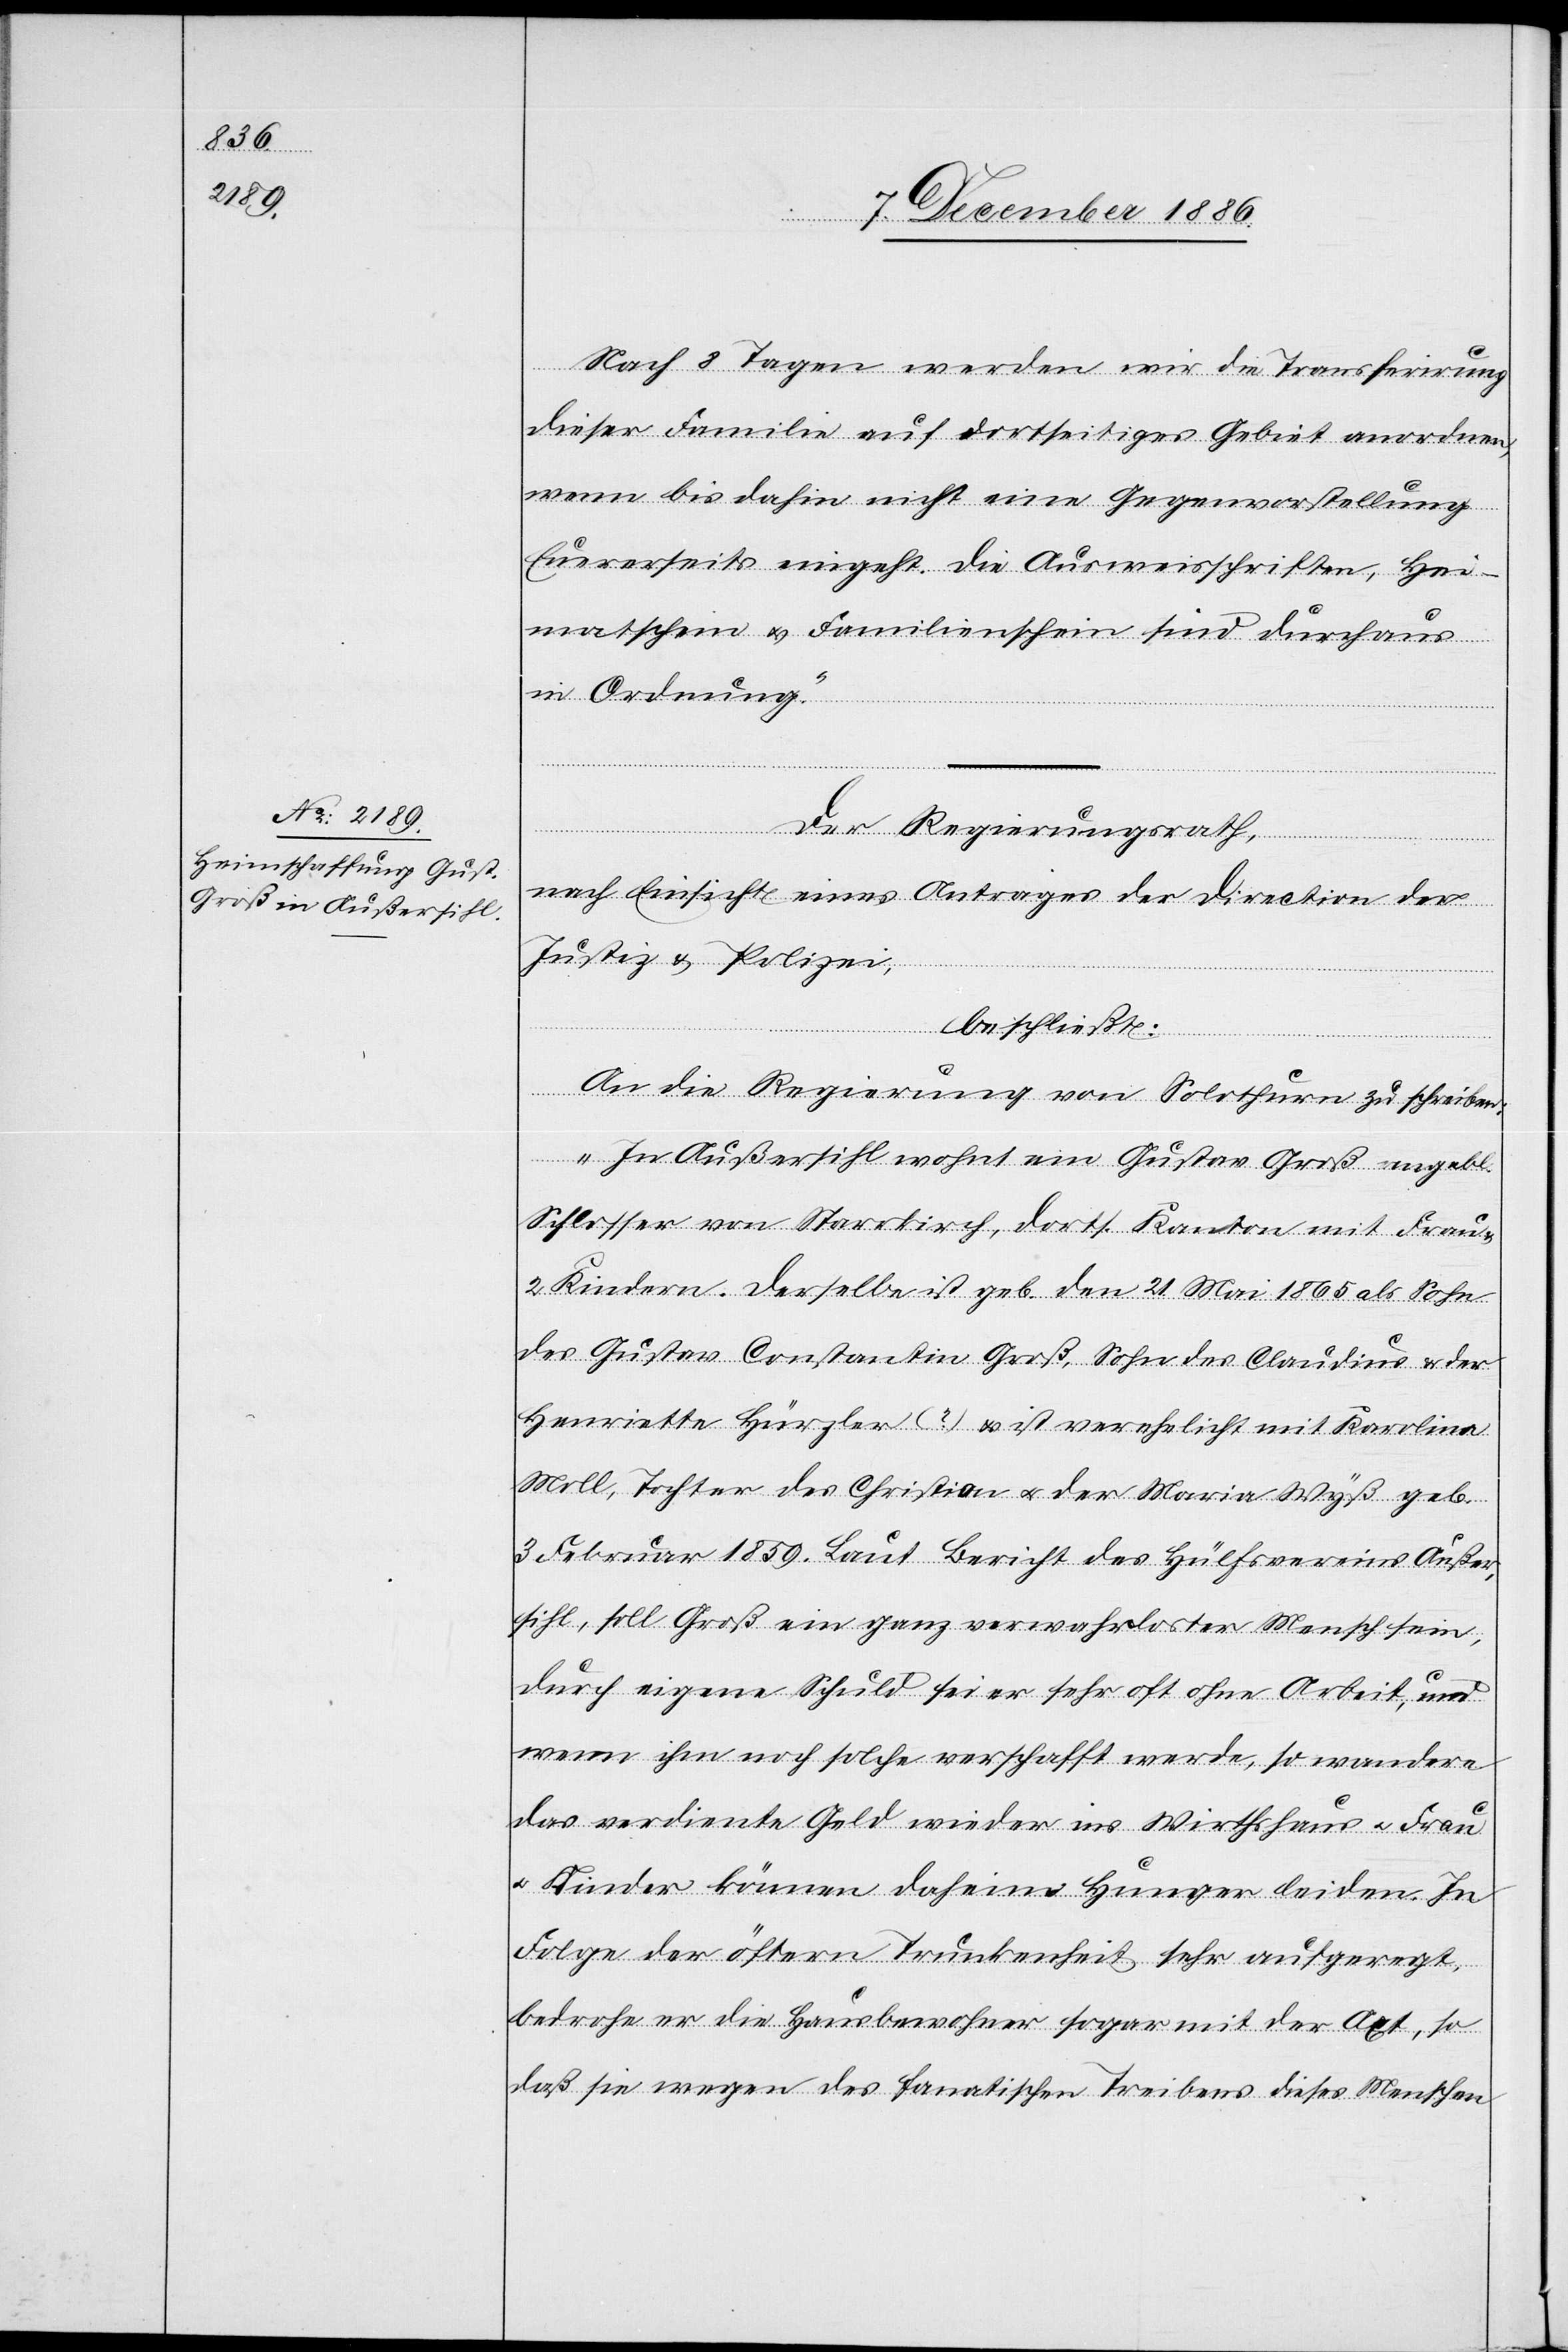
Nach 8 Tagen werden wir die Transferirung
dieser Familie auf dortseitiges Gebiet anordnen,
wenn bis dahin nicht eine Gegenvorstellung
Euererseits eingeht. Die Ausweisschriften, Hei¬
matschein & Familienschein sind durchaus
in Ordnung.“